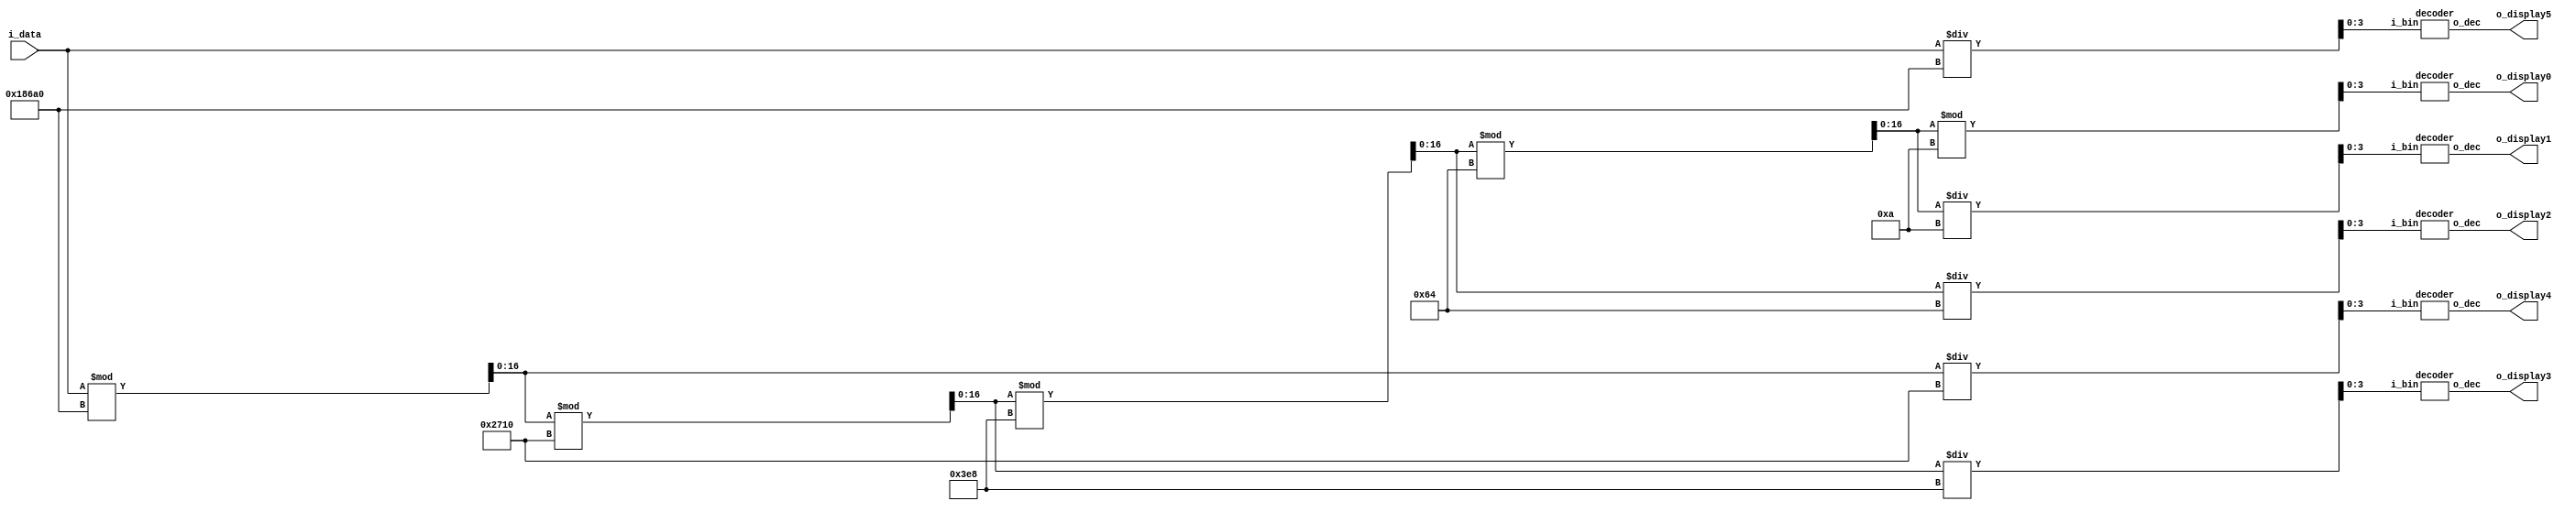

// Decodificador decimal para display de 7-segmentos

module display (input [31:0] i_data,      // Dados do registrador (binrio)
                output [7:0] o_display0,  // Dado decodificado    (unidade)
                output [7:0] o_display1,  // Dado decodificado    (dezena)
                output [7:0] o_display2,  // Dado decodificado    (centena)
                output [7:0] o_display3,  // Dado decodificado    (milhar)
                output [7:0] o_display4,  // Dado decodificado    (dezena de milhar)
                output [7:0] o_display5); // Dado decodificado    (centena de milhar)

wire  [3:0] w_d5 = i_data / 100000;       // Centena de milhar
wire [16:0] w_r5 = i_data % 100000;       // Resto da diviso

wire  [3:0] w_d4 = w_r5 / 10000;          // Dezena de milhar
wire [16:0] w_r4 = w_r5 % 10000;          // Resto da diviso

wire  [3:0] w_d3 = w_r4 / 1000;           // Milhar
wire [16:0] w_r3 = w_r4 % 1000;           // Resto da diviso

wire  [3:0] w_d2 = w_r3 / 100;            // Centena
wire [16:0] w_r2 = w_r3 % 100;            // Resto da diviso

wire  [3:0] w_d1 = w_r2 / 10;             // Dezena
wire  [3:0] w_d0 = w_r2 % 10;             // Unidade

decoder d5 (.i_bin(w_d5),                 // Dgito mais significativo
            .o_dec(o_display5));

decoder d4 (.i_bin(w_d4),                 // ...
            .o_dec(o_display4));

decoder d3 (.i_bin(w_d3),                 // ...
            .o_dec(o_display3));

decoder d2 (.i_bin(w_d2),                 // ...
            .o_dec(o_display2));

decoder d1 (.i_bin(w_d1),                 // ...
            .o_dec(o_display1));

decoder d0 (.i_bin(w_d0),                 // Dgito menos significativo
            .o_dec(o_display0));

endmodule

module decoder (input  [3:0] i_bin,
                output [7:0] o_dec);

reg[7:0] r_dec;

	always @(i_bin) begin
		case(i_bin)
					0: r_dec = 8'b1100_0000; // 0
					1: r_dec = 8'b1111_1001; // 1
					2: r_dec = 8'b1010_0100; // 2 
					3: r_dec = 8'b1011_0000; // 3
					4: r_dec = 8'b1001_1001; // 4
					5: r_dec = 8'b1001_0010; // 5
					6: r_dec = 8'b1000_0010; // 6
					7: r_dec = 8'b1111_1000; // 7
					8: r_dec = 8'b1000_0000; // 8
					9: r_dec = 8'b1001_0000; // 9
		default: r_dec = 8'b1111_1111; // Apagado
		endcase
	end

assign o_dec = r_dec;

endmodule